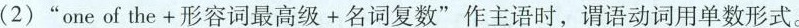
(2)”one of the+形容词最高级+名词复数”作主语时，谓语动词用单数形式。